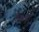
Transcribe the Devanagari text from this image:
डेटाची